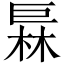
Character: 𪩦